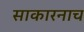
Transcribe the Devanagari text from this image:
साकारनाच